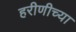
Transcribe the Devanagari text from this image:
हरीणीच्या